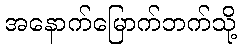
အနောက်မြောက်ဘက်သို့